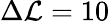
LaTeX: \Delta\mathcal{L}=10